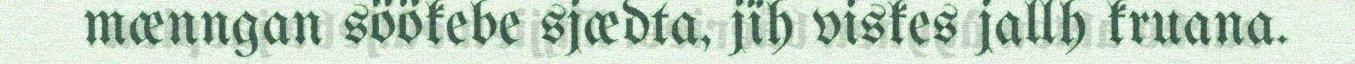
mænngan söökebe sjædta, jïh viskes jallh kruana.